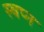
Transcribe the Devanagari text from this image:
स्‍वप्‍न